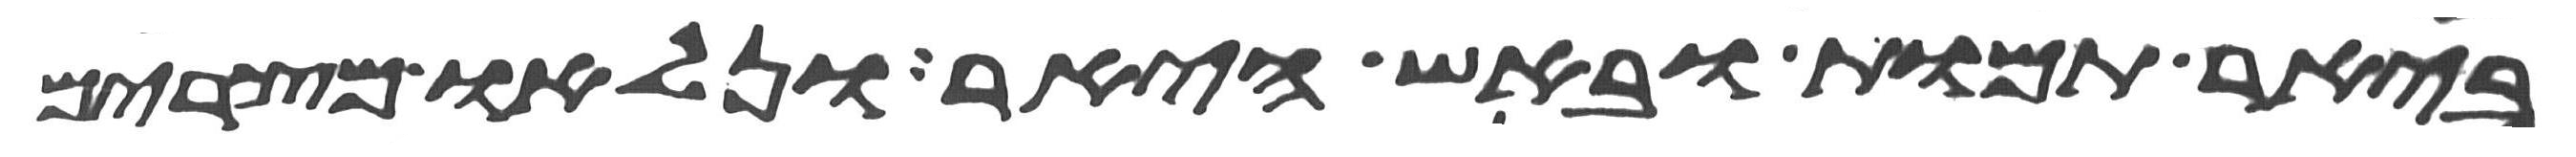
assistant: ביאר תמות ובאש היאר ונלאו מצרים